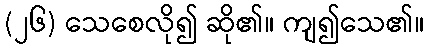
(၂၆) သေစေလို၍ ဆို၏။ ကျ၍သေ၏။